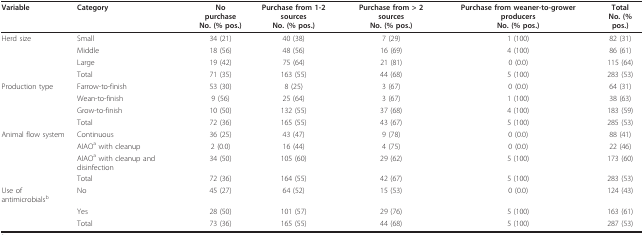
| Variable | Category | No purchase No. (% pos.) | Purchase from 1-2 sourcesNo. (% pos.) | Purchase from > 2 sourcesNo. (% pos.) | Purchase from weaner-to-grower producersNo. (% pos.) | TotalNo. (% pos.) |
 | --- | --- | --- | --- | --- | --- | --- |
 | Herd size | Small | 34 (21) | 40 (38) | 7 (29) | 1 (100) | 82 (31) |
 |  | Middle | 18 (56) | 48 (56) | 16 (69) | 4 (100) | 86 (61) |
 |  | Large | 19 (42) | 75 (64) | 21 (81) | 0 (0.0) | 115 (64) |
 |  | Total | 71 (35) | 163 (55) | 44 (68) | 5 (100) | 283 (53) |
 | Production type | Farrow-to-finish | 53 (30) | 8 (25) | 3 (67) | 0 (0.0) | 64 (31) |
 |  | Wean-to-finish | 9 (56) | 25 (64) | 3 (67) | 1 (100) | 38 (63) |
 |  | Grow-to-finish | 10 (50) | 132 (55) | 37 (68) | 4 (100) | 183 (59) |
 |  | Total | 72 (36) | 165 (55) | 43 (67) | 5 (100) | 285 (53) |
 | Animal flow system | Continuous | 36 (25) | 43 (47) | 9 (78) | 0 (0.0) | 88 (41) |
 |  | AIAOa with cleanup | 2 (0.0) | 16 (44) | 4 (75) | 0 (0.0) | 22 (46) |
 |  | AIAOa with cleanup and disinfection | 34 (50) | 105 (60) | 29 (62) | 5 (100) | 173 (60) |
 |  | Total | 72 (36) | 164 (55) | 42 (67) | 5 (100) | 283 (53) |
 | Use of antimicrobialsb | No | 45 (27) | 64 (52) | 15 (53) | 0 (0.0) | 124 (43) |
 |  | Yes | 28 (50) | 101 (57) | 29 (76) | 5 (100) | 163 (61) |
 |  | Total | 73 (36) | 165 (55) | 44 (68) | 5 (100) | 287 (53) |